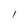
Character: l